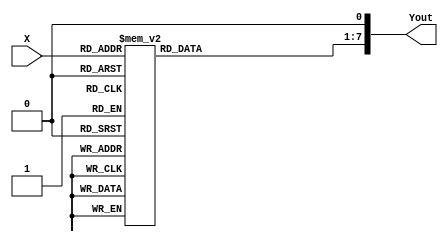
// Copyright (c) 2012-2013 Ludvig Strigeus
// This program is GPL Licensed. See COPYING for the full license.

module LenCtr_Lookup(input [4:0] X, output [7:0] Yout);
reg [6:0] Y;
always @*
begin
  case(X)
  0: Y = 7'h05;
  1: Y = 7'h7F;
  2: Y = 7'h0A;
  3: Y = 7'h01;
  4: Y = 7'h14;
  5: Y = 7'h02;
  6: Y = 7'h28;
  7: Y = 7'h03;
  8: Y = 7'h50;
  9: Y = 7'h04;
  10: Y = 7'h1E;
  11: Y = 7'h05;
  12: Y = 7'h07;
  13: Y = 7'h06;
  14: Y = 7'h0D;
  15: Y = 7'h07;
  16: Y = 7'h06;
  17: Y = 7'h08;
  18: Y = 7'h0C;
  19: Y = 7'h09;
  20: Y = 7'h18;
  21: Y = 7'h0A;
  22: Y = 7'h30;
  23: Y = 7'h0B;
  24: Y = 7'h60;
  25: Y = 7'h0C;
  26: Y = 7'h24;
  27: Y = 7'h0D;
  28: Y = 7'h08;
  29: Y = 7'h0E;
  30: Y = 7'h10;
  31: Y = 7'h0F;
  endcase
end
assign Yout = {Y, 1'b0};
endmodule

module SquareChan(input clk, input ce, input reset, input sq2,
                  input [1:0] Addr,
                  input [7:0] DIN,
                  input MW,
                  input LenCtr_Clock,
                  input Env_Clock,
                  input Enabled,
                  input [7:0] LenCtr_In,
                  output reg [3:0] Sample,
                  output IsNonZero);
reg [7:0] LenCtr;

// Register 1
reg [1:0] Duty;
reg EnvLoop, EnvDisable, EnvDoReset;
reg [3:0] Volume, Envelope, EnvDivider;
wire LenCtrHalt = EnvLoop; // Aliased bit
assign IsNonZero = (LenCtr != 0);
// Register 2
reg SweepEnable, SweepNegate, SweepReset;
reg [2:0] SweepPeriod, SweepDivider, SweepShift;

reg [10:0] Period;
reg [11:0] TimerCtr;
reg [2:0] SeqPos;
wire [10:0] ShiftedPeriod = (Period >> SweepShift);
wire [10:0] PeriodRhs = (SweepNegate ? (~ShiftedPeriod + {10'b0, sq2}) : ShiftedPeriod);
wire [11:0] NewSweepPeriod = Period + PeriodRhs;
wire ValidFreq = Period[10:3] >= 8 && (SweepNegate || !NewSweepPeriod[11]);

always @(posedge clk) if (reset) begin
    LenCtr <= 0;
    Duty <= 0;
    EnvDoReset <= 0;
    EnvLoop <= 0;
    EnvDisable <= 0;
    Volume <= 0;
    Envelope <= 0;
    EnvDivider <= 0;
    SweepEnable <= 0;
    SweepNegate <= 0;
    SweepReset <= 0;
    SweepPeriod <= 0;
    SweepDivider <= 0;
    SweepShift <= 0;
    Period <= 0;
    TimerCtr <= 0;
    SeqPos <= 0;
  end else if (ce) begin
  // Check if writing to the regs of this channel
  // NOTE: This needs to be done before the clocking below.
  if (MW) begin
    case(Addr)
    0: begin
//      if (sq2) $write("SQ0: Duty=%d, EnvLoop=%d, EnvDisable=%d, Volume=%d\n", DIN[7:6], DIN[5], DIN[4], DIN[3:0]);
      Duty <= DIN[7:6];
      EnvLoop <= DIN[5];
      EnvDisable <= DIN[4];
      Volume <= DIN[3:0];
    end
    1: begin
//      if (sq2) $write("SQ1: SweepEnable=%d, SweepPeriod=%d, SweepNegate=%d, SweepShift=%d, DIN=%X\n", DIN[7], DIN[6:4], DIN[3], DIN[2:0], DIN);
      SweepEnable <= DIN[7];
      SweepPeriod <= DIN[6:4];
      SweepNegate <= DIN[3];
      SweepShift <= DIN[2:0];
      SweepReset <= 1;
    end
    2: begin
//      if (sq2) $write("SQ2: Period=%d. DIN=%X\n", DIN, DIN);
      Period[7:0] <= DIN;
    end
    3: begin
      // Upper bits of the period
//      if (sq2) $write("SQ3: PeriodUpper=%d LenCtr=%x DIN=%X\n", DIN[2:0], LenCtr_In, DIN);
      Period[10:8] <= DIN[2:0];
      LenCtr <= LenCtr_In;
      EnvDoReset <= 1;
      SeqPos <= 0;
    end
    endcase
  end


  // Count down the square timer...
  if (TimerCtr == 0) begin
    // Timer was clocked
    TimerCtr <= {Period, 1'b0};
    SeqPos <= SeqPos - 1;
  end else begin
    TimerCtr <= TimerCtr - 1;
  end

  // Clock the length counter?
  if (LenCtr_Clock && LenCtr != 0 && !LenCtrHalt) begin
    LenCtr <= LenCtr - 1;
  end

  // Clock the sweep unit?
  if (LenCtr_Clock) begin
    if (SweepDivider == 0) begin
      SweepDivider <= SweepPeriod;
      if (SweepEnable && SweepShift != 0 && ValidFreq)
        Period <= NewSweepPeriod[10:0];
    end else begin
      SweepDivider <= SweepDivider - 1;
    end
    if (SweepReset)
      SweepDivider <= SweepPeriod;
    SweepReset <= 0;
  end

  // Clock the envelope generator?
  if (Env_Clock) begin
    if (EnvDoReset) begin
      EnvDivider <= Volume;
      Envelope <= 15;
      EnvDoReset <= 0;
    end else if (EnvDivider == 0) begin
      EnvDivider <= Volume;
      if (Envelope != 0 || EnvLoop)
        Envelope <= Envelope - 1;
    end else begin
      EnvDivider <= EnvDivider - 1;
    end
  end

  // Length counter forced to zero if disabled.
  if (!Enabled)
    LenCtr <= 0;
end

reg DutyEnabled;
always @* begin
  // Determine if the duty is enabled or not
  case (Duty)
  0: DutyEnabled = (SeqPos == 7);
  1: DutyEnabled = (SeqPos >= 6);
  2: DutyEnabled = (SeqPos >= 4);
  3: DutyEnabled = (SeqPos < 6);
  endcase

  // Compute the output
  if (LenCtr == 0 || !ValidFreq || !DutyEnabled)
    Sample = 0;
  else
    Sample = EnvDisable ? Volume : Envelope;
end
endmodule



module TriangleChan(input clk, input ce, input reset,
                    input [1:0] Addr,
                    input [7:0] DIN,
                    input MW,
                    input LenCtr_Clock,
                    input LinCtr_Clock,
                    input Enabled,
                    input [7:0] LenCtr_In,
                    output [3:0] Sample,
                    output IsNonZero);
  //
  reg [10:0] Period, TimerCtr;
  reg [4:0] SeqPos;
  //
  // Linear counter state
  reg [6:0] LinCtrPeriod, LinCtr;
  reg LinCtrl, LinHalt;
  wire LinCtrZero = (LinCtr == 0);
  //
  // Length counter state
  reg [7:0] LenCtr;
  wire LenCtrHalt = LinCtrl; // Aliased bit
  wire LenCtrZero = (LenCtr == 0);
  assign IsNonZero = !LenCtrZero;
  //
  always @(posedge clk) if (reset) begin
    Period <= 0;
    TimerCtr <= 0;
    SeqPos <= 0;
    LinCtrPeriod <= 0;
    LinCtr <= 0;
    LinCtrl <= 0;
    LinHalt <= 0;
    LenCtr <= 0;
  end else if (ce) begin
    // Check if writing to the regs of this channel
    if (MW) begin
      case (Addr)
      0: begin
        LinCtrl <= DIN[7];
        LinCtrPeriod <= DIN[6:0];
      end
      2: begin
        Period[7:0] <= DIN;
      end
      3: begin
        Period[10:8] <= DIN[2:0];
        LenCtr <= LenCtr_In;
        LinHalt <= 1;
      end
      endcase
    end

    // Count down the period timer...
    if (TimerCtr == 0) begin
      TimerCtr <= Period;
    end else begin
      TimerCtr <= TimerCtr - 1;
    end
    //
    // Clock the length counter?
    if (LenCtr_Clock && !LenCtrZero && !LenCtrHalt) begin
      LenCtr <= LenCtr - 1;
    end
    //
    // Clock the linear counter?
    if (LinCtr_Clock) begin
      if (LinHalt)
        LinCtr <= LinCtrPeriod;
      else if (!LinCtrZero)
        LinCtr <= LinCtr - 1;
      if (!LinCtrl)
        LinHalt <= 0;
    end
    //
    // Length counter forced to zero if disabled.
    if (!Enabled)
      LenCtr <= 0;
      //
    // Clock the sequencer position
    if (TimerCtr == 0 && !LenCtrZero && !LinCtrZero)
      SeqPos <= SeqPos + 1;
  end
  // Generate the output
  assign Sample = SeqPos[3:0] ^ {4{~SeqPos[4]}};
  //
endmodule


module NoiseChan(input clk, input ce, input reset,
                 input [1:0] Addr,
                 input [7:0] DIN,
                 input MW,
                 input LenCtr_Clock,
                 input Env_Clock,
                 input Enabled,
                 input [7:0] LenCtr_In,
                 output [3:0] Sample,
                 output IsNonZero);
  //
  // Envelope volume
  reg EnvLoop, EnvDisable, EnvDoReset;
  reg [3:0] Volume, Envelope, EnvDivider;
  // Length counter
  wire LenCtrHalt = EnvLoop; // Aliased bit
  reg [7:0] LenCtr;
  //
  reg ShortMode;
  reg [14:0] Shift = 1;

  assign IsNonZero = (LenCtr != 0);
  //
  // Period stuff
  reg [3:0] Period;
  reg [11:0] NoisePeriod, TimerCtr;
  always @* begin
    case (Period)
    0: NoisePeriod = 12'h004;
    1: NoisePeriod = 12'h008;
    2: NoisePeriod = 12'h010;
    3: NoisePeriod = 12'h020;
    4: NoisePeriod = 12'h040;
    5: NoisePeriod = 12'h060;
    6: NoisePeriod = 12'h080;
    7: NoisePeriod = 12'h0A0;
    8: NoisePeriod = 12'h0CA;
    9: NoisePeriod = 12'h0FE;
    10: NoisePeriod = 12'h17C;
    11: NoisePeriod = 12'h1FC;
    12: NoisePeriod = 12'h2FA;
    13: NoisePeriod = 12'h3F8;
    14: NoisePeriod = 12'h7F2;
    15: NoisePeriod = 12'hFE4;
    endcase
  end
  //
  always @(posedge clk) if (reset) begin
    EnvLoop <= 0;
    EnvDisable <= 0;
    EnvDoReset <= 0;
    Volume <= 0;
    Envelope <= 0;
    EnvDivider <= 0;
    LenCtr <= 0;
    ShortMode <= 0;
    Shift <= 1;
    Period <= 0;
    TimerCtr <= 0;
  end else if (ce) begin
    // Check if writing to the regs of this channel
    if (MW) begin
      case (Addr)
      0: begin
        EnvLoop <= DIN[5];
        EnvDisable <= DIN[4];
        Volume <= DIN[3:0];
      end
      2: begin
        ShortMode <= DIN[7];
        Period <= DIN[3:0];
      end
      3: begin
        LenCtr <= LenCtr_In;
        EnvDoReset <= 1;
      end
      endcase
    end
    // Count down the period timer...
    if (TimerCtr == 0) begin
      TimerCtr <= NoisePeriod;
      // Clock the shift register. Use either
      // bit 1 or 6 as the tap.
      Shift <= {
        Shift[0] ^ (ShortMode ? Shift[6] : Shift[1]),
        Shift[14:1]};
    end else begin
      TimerCtr <= TimerCtr - 1;
    end
    // Clock the length counter?
    if (LenCtr_Clock && LenCtr != 0 && !LenCtrHalt) begin
      LenCtr <= LenCtr - 1;
    end
    // Clock the envelope generator?
    if (Env_Clock) begin
      if (EnvDoReset) begin
        EnvDivider <= Volume;
        Envelope <= 15;
        EnvDoReset <= 0;
      end else if (EnvDivider == 0) begin
        EnvDivider <= Volume;
        if (Envelope != 0)
          Envelope <= Envelope - 1;
        else if (EnvLoop)
          Envelope <= 15;
      end else
        EnvDivider <= EnvDivider - 1;
    end
    if (!Enabled)
      LenCtr <= 0;
  end
  // Produce the output signal
  assign Sample =
    (LenCtr == 0 || Shift[0]) ?
      0 :
      (EnvDisable ? Volume : Envelope);
endmodule

module DmcChan(input clk, input ce, input reset,
               input odd_or_even,
               input [2:0] Addr,
               input [7:0] DIN,
               input MW,
               output [6:0] Sample,
               output DmaReq,          // 1 when DMC wants DMA
               input DmaAck,           // 1 when DMC byte is on DmcData. DmcDmaRequested should go low.
               output [15:0] DmaAddr,  // Address DMC wants to read
               input [7:0] DmaData,    // Input data to DMC from memory.
               output Irq,
               output IsDmcActive);
  reg IrqEnable;
  reg IrqActive;
  reg Loop;                 // Looping enabled
  reg [3:0] Freq;           // Current value of frequency register
  reg [6:0] Dac = 0;        // Current value of DAC
  reg [7:0] SampleAddress;  // Base address of sample
  reg [7:0] SampleLen;      // Length of sample
  reg [7:0] ShiftReg;       // Shift register
  reg [8:0] Cycles;         // Down counter, is the period
  reg [14:0] Address;        // 15 bits current address, 0x8000-0xffff
  reg [11:0] BytesLeft;      // 12 bits bytes left counter 0 - 4081.
  reg [2:0] BitsUsed;        // Number of bits left in the SampleBuffer.
  reg [7:0] SampleBuffer;    // Next value to be loaded into shift reg
  reg HasSampleBuffer;       // Sample buffer is nonempty
  reg HasShiftReg;           // Shift reg is non empty
  reg [8:0] NewPeriod[0:15];
  reg DmcEnabled;
  reg [1:0] ActivationDelay;
  assign DmaAddr = {1'b1, Address};
  assign Sample = Dac;
  assign Irq = IrqActive;
  assign IsDmcActive = DmcEnabled;

  assign DmaReq = !HasSampleBuffer && DmcEnabled && !ActivationDelay[0];

  initial begin
    NewPeriod[0] = 428;
    NewPeriod[1] = 380;
    NewPeriod[2] = 340;
    NewPeriod[3] = 320;
    NewPeriod[4] = 286;
    NewPeriod[5] = 254;
    NewPeriod[6] = 226;
    NewPeriod[7] = 214;
    NewPeriod[8] = 190;
    NewPeriod[9] = 160;
    NewPeriod[10] = 142;
    NewPeriod[11] = 128;
    NewPeriod[12] = 106;
    NewPeriod[13] = 84;
    NewPeriod[14] = 72;
    NewPeriod[15] = 54;
  end
  // Shift register initially loaded with 07
  always @(posedge clk) begin
    if (reset) begin
      IrqEnable <= 0;
      IrqActive <= 0;
      Loop <= 0;
      Freq <= 0;
      Dac <= 0;
      SampleAddress <= 0;
      SampleLen <= 0;
      ShiftReg <= 8'hff;
      Cycles <= 439;
      Address <= 0;
      BytesLeft <= 0;
      BitsUsed <= 0;
      SampleBuffer <= 0;
      HasSampleBuffer <= 0;
      HasShiftReg <= 0;
      DmcEnabled <= 0;
      ActivationDelay <= 0;
    end else if (ce) begin
      if (ActivationDelay == 3 && !odd_or_even) ActivationDelay <= 1;
      if (ActivationDelay == 1) ActivationDelay <= 0;

      if (MW) begin
        case (Addr)
        0: begin  // $4010   il-- ffff   IRQ enable, loop, frequency index
            IrqEnable <= DIN[7];
            Loop <= DIN[6];
            Freq <= DIN[3:0];
            if (!DIN[7]) IrqActive <= 0;
          end
        1: begin  // $4011   -ddd dddd   DAC
            // This will get missed if the Dac <= far below runs, that is by design.
            Dac <= DIN[6:0];
          end
        2: begin  // $4012   aaaa aaaa   sample address
            SampleAddress <= DIN[7:0];
          end
        3: begin  // $4013   llll llll   sample length
            SampleLen <= DIN[7:0];
          end
        5: begin // $4015 write	---D NT21  Enable DMC (D)
            IrqActive <= 0;
            DmcEnabled <= DIN[4];
            // If the DMC bit is set, the DMC sample will be restarted only if not already active.
            if (DIN[4] && !DmcEnabled) begin
              Address <= {1'b1, SampleAddress, 6'b000000};
              BytesLeft <= {SampleLen, 4'b0000};
              ActivationDelay <= 3;
            end
          end
        endcase
      end

      Cycles <= Cycles - 1;
      if (Cycles == 1) begin
        Cycles <= NewPeriod[Freq];
        if (HasShiftReg) begin
          if (ShiftReg[0]) begin
            Dac[6:1] <= (Dac[6:1] != 6'b111111) ? Dac[6:1] + 6'b000001 : Dac[6:1];
          end else begin
            Dac[6:1] <= (Dac[6:1] != 6'b000000) ? Dac[6:1] + 6'b111111 : Dac[6:1];
          end
        end
        ShiftReg <= {1'b0, ShiftReg[7:1]};
        BitsUsed <= BitsUsed + 1;
        if (BitsUsed == 7) begin
          HasShiftReg <= HasSampleBuffer;
          ShiftReg <= SampleBuffer;
          HasSampleBuffer <= 0;
        end
      end

      // Acknowledge DMA?
      if (DmaAck) begin
        Address <= Address + 1;
        BytesLeft <= BytesLeft - 1;
        HasSampleBuffer <= 1;
        SampleBuffer <= DmaData;
        if (BytesLeft == 0) begin
          Address <= {1'b1, SampleAddress, 6'b000000};
          BytesLeft <= {SampleLen, 4'b0000};
          DmcEnabled <= Loop;
          if (!Loop && IrqEnable)
            IrqActive <= 1;
        end
      end
    end
  end
endmodule

module ApuLookupTable(input clk, input [7:0] in_a, input [7:0] in_b, output [15:0] out);
  reg [15:0] lookup[0:511];
  reg [15:0] tmp_a, tmp_b;
  initial begin
    lookup[  0] =     0; lookup[  1] =   760; lookup[  2] =  1503; lookup[  3] =  2228;
    lookup[  4] =  2936; lookup[  5] =  3627; lookup[  6] =  4303; lookup[  7] =  4963;
    lookup[  8] =  5609; lookup[  9] =  6240; lookup[ 10] =  6858; lookup[ 11] =  7462;
    lookup[ 12] =  8053; lookup[ 13] =  8631; lookup[ 14] =  9198; lookup[ 15] =  9752;
    lookup[ 16] = 10296; lookup[ 17] = 10828; lookup[ 18] = 11349; lookup[ 19] = 11860;
    lookup[ 20] = 12361; lookup[ 21] = 12852; lookup[ 22] = 13334; lookup[ 23] = 13807;
    lookup[ 24] = 14270; lookup[ 25] = 14725; lookup[ 26] = 15171; lookup[ 27] = 15609;
    lookup[ 28] = 16039; lookup[ 29] = 16461; lookup[ 30] = 16876; lookup[256] =     0;
    lookup[257] =   439; lookup[258] =   874; lookup[259] =  1306; lookup[260] =  1735;
    lookup[261] =  2160; lookup[262] =  2581; lookup[263] =  2999; lookup[264] =  3414;
    lookup[265] =  3826; lookup[266] =  4234; lookup[267] =  4639; lookup[268] =  5041;
    lookup[269] =  5440; lookup[270] =  5836; lookup[271] =  6229; lookup[272] =  6618;
    lookup[273] =  7005; lookup[274] =  7389; lookup[275] =  7769; lookup[276] =  8147;
    lookup[277] =  8522; lookup[278] =  8895; lookup[279] =  9264; lookup[280] =  9631;
    lookup[281] =  9995; lookup[282] = 10356; lookup[283] = 10714; lookup[284] = 11070;
    lookup[285] = 11423; lookup[286] = 11774; lookup[287] = 12122; lookup[288] = 12468;
    lookup[289] = 12811; lookup[290] = 13152; lookup[291] = 13490; lookup[292] = 13825;
    lookup[293] = 14159; lookup[294] = 14490; lookup[295] = 14818; lookup[296] = 15145;
    lookup[297] = 15469; lookup[298] = 15791; lookup[299] = 16110; lookup[300] = 16427;
    lookup[301] = 16742; lookup[302] = 17055; lookup[303] = 17366; lookup[304] = 17675;
    lookup[305] = 17981; lookup[306] = 18286; lookup[307] = 18588; lookup[308] = 18888;
    lookup[309] = 19187; lookup[310] = 19483; lookup[311] = 19777; lookup[312] = 20069;
    lookup[313] = 20360; lookup[314] = 20648; lookup[315] = 20935; lookup[316] = 21219;
    lookup[317] = 21502; lookup[318] = 21783; lookup[319] = 22062; lookup[320] = 22339;
    lookup[321] = 22615; lookup[322] = 22889; lookup[323] = 23160; lookup[324] = 23431;
    lookup[325] = 23699; lookup[326] = 23966; lookup[327] = 24231; lookup[328] = 24494;
    lookup[329] = 24756; lookup[330] = 25016; lookup[331] = 25274; lookup[332] = 25531;
    lookup[333] = 25786; lookup[334] = 26040; lookup[335] = 26292; lookup[336] = 26542;
    lookup[337] = 26791; lookup[338] = 27039; lookup[339] = 27284; lookup[340] = 27529;
    lookup[341] = 27772; lookup[342] = 28013; lookup[343] = 28253; lookup[344] = 28492;
    lookup[345] = 28729; lookup[346] = 28964; lookup[347] = 29198; lookup[348] = 29431;
    lookup[349] = 29663; lookup[350] = 29893; lookup[351] = 30121; lookup[352] = 30349;
    lookup[353] = 30575; lookup[354] = 30800; lookup[355] = 31023; lookup[356] = 31245;
    lookup[357] = 31466; lookup[358] = 31685; lookup[359] = 31904; lookup[360] = 32121;
    lookup[361] = 32336; lookup[362] = 32551; lookup[363] = 32764; lookup[364] = 32976;
    lookup[365] = 33187; lookup[366] = 33397; lookup[367] = 33605; lookup[368] = 33813;
    lookup[369] = 34019; lookup[370] = 34224; lookup[371] = 34428; lookup[372] = 34630;
    lookup[373] = 34832; lookup[374] = 35032; lookup[375] = 35232; lookup[376] = 35430;
    lookup[377] = 35627; lookup[378] = 35823; lookup[379] = 36018; lookup[380] = 36212;
    lookup[381] = 36405; lookup[382] = 36597; lookup[383] = 36788; lookup[384] = 36978;
    lookup[385] = 37166; lookup[386] = 37354; lookup[387] = 37541; lookup[388] = 37727;
    lookup[389] = 37912; lookup[390] = 38095; lookup[391] = 38278; lookup[392] = 38460;
    lookup[393] = 38641; lookup[394] = 38821; lookup[395] = 39000; lookup[396] = 39178;
    lookup[397] = 39355; lookup[398] = 39532; lookup[399] = 39707; lookup[400] = 39881;
    lookup[401] = 40055; lookup[402] = 40228; lookup[403] = 40399; lookup[404] = 40570;
    lookup[405] = 40740; lookup[406] = 40909; lookup[407] = 41078; lookup[408] = 41245;
    lookup[409] = 41412; lookup[410] = 41577; lookup[411] = 41742; lookup[412] = 41906;
    lookup[413] = 42070; lookup[414] = 42232; lookup[415] = 42394; lookup[416] = 42555;
    lookup[417] = 42715; lookup[418] = 42874; lookup[419] = 43032; lookup[420] = 43190;
    lookup[421] = 43347; lookup[422] = 43503; lookup[423] = 43659; lookup[424] = 43813;
    lookup[425] = 43967; lookup[426] = 44120; lookup[427] = 44273; lookup[428] = 44424;
    lookup[429] = 44575; lookup[430] = 44726; lookup[431] = 44875; lookup[432] = 45024;
    lookup[433] = 45172; lookup[434] = 45319; lookup[435] = 45466; lookup[436] = 45612;
    lookup[437] = 45757; lookup[438] = 45902; lookup[439] = 46046; lookup[440] = 46189;
    lookup[441] = 46332; lookup[442] = 46474; lookup[443] = 46615; lookup[444] = 46756;
    lookup[445] = 46895; lookup[446] = 47035; lookup[447] = 47173; lookup[448] = 47312;
    lookup[449] = 47449; lookup[450] = 47586; lookup[451] = 47722; lookup[452] = 47857;
    lookup[453] = 47992; lookup[454] = 48127; lookup[455] = 48260; lookup[456] = 48393;
    lookup[457] = 48526; lookup[458] = 48658;
  end
  always @(posedge clk) begin
    tmp_a <= lookup[{1'b0, in_a}];
    tmp_b <= lookup[{1'b1, in_b}];
  end
  assign out = tmp_a + tmp_b;
endmodule


module APU(input clk, input ce, input reset,
           input [4:0] ADDR,  // APU Address Line
           input [7:0] DIN,   // Data to APU
           output [7:0] DOUT, // Data from APU
           input MW,          // Writes to APU
           input MR,          // Reads from APU
           input [4:0] audio_channels, // Enabled audio channels
           output [15:0] Sample,

           output DmaReq,      // 1 when DMC wants DMA
           input DmaAck,           // 1 when DMC byte is on DmcData. DmcDmaRequested should go low.
           output [15:0] DmaAddr,  // Address DMC wants to read
           input [7:0] DmaData,    // Input data to DMC from memory.

           output odd_or_even,
           output IRQ);       // IRQ asserted

// Which channels are enabled?
reg [3:0] Enabled;

// Output samples from the 4 channels
wire [3:0] Sq1Sample,Sq2Sample,TriSample,NoiSample;

// Output samples from the DMC channel
wire [6:0] DmcSample;
wire DmcIrq;
wire IsDmcActive;

// Generate internal memory write signals
wire ApuMW0 = MW && ADDR[4:2]==0; // SQ1
wire ApuMW1 = MW && ADDR[4:2]==1; // SQ2
wire ApuMW2 = MW && ADDR[4:2]==2; // TRI
wire ApuMW3 = MW && ADDR[4:2]==3; // NOI
wire ApuMW4 = MW && ADDR[4:2]>=4; // DMC
wire ApuMW5 = MW && ADDR[4:2]==5; // Control registers

wire Sq1NonZero, Sq2NonZero, TriNonZero, NoiNonZero;

// Common input to all channels
wire [7:0] LenCtr_In;
LenCtr_Lookup len(DIN[7:3], LenCtr_In);


// Frame sequencer registers
reg FrameSeqMode;
reg [15:0] Cycles;
reg ClkE, ClkL;
reg Wrote4017;
reg [1:0] IrqCtr;
reg InternalClock; // APU Differentiates between Even or Odd clocks
assign odd_or_even = InternalClock;


// Generate each channel
SquareChan   Sq1(clk, ce, reset, 1'b0, ADDR[1:0], DIN, ApuMW0, ClkL, ClkE, Enabled[0], LenCtr_In, Sq1Sample, Sq1NonZero);
SquareChan   Sq2(clk, ce, reset, 1'b1, ADDR[1:0], DIN, ApuMW1, ClkL, ClkE, Enabled[1], LenCtr_In, Sq2Sample, Sq2NonZero);
TriangleChan Tri(clk, ce, reset, ADDR[1:0], DIN, ApuMW2, ClkL, ClkE, Enabled[2], LenCtr_In, TriSample, TriNonZero);
NoiseChan    Noi(clk, ce, reset, ADDR[1:0], DIN, ApuMW3, ClkL, ClkE, Enabled[3], LenCtr_In, NoiSample, NoiNonZero);
DmcChan      Dmc(clk, ce, reset, odd_or_even, ADDR[2:0], DIN, ApuMW4, DmcSample, DmaReq, DmaAck, DmaAddr, DmaData, DmcIrq, IsDmcActive);

// Reading this register clears the frame interrupt flag (but not the DMC interrupt flag).
// If an interrupt flag was set at the same moment of the read, it will read back as 1 but it will not be cleared.
reg FrameInterrupt, DisableFrameInterrupt;


//mode 0: 4-step  effective rate (approx)
//---------------------------------------
//    - - - f      60 Hz
//    - l - l     120 Hz
//    e e e e     240 Hz


//mode 1: 5-step  effective rate (approx)
//---------------------------------------
//    - - - - -   (interrupt flag never set)
//    l - l - -    96 Hz
//    e e e e -   192 Hz


always @(posedge clk) if (reset) begin
  FrameSeqMode <= 0;
  DisableFrameInterrupt <= 0;
  FrameInterrupt <= 0;
  Enabled <= 0;
  InternalClock <= 0;
  Wrote4017 <= 0;
  ClkE <= 0;
  ClkL <= 0;
  Cycles <= 4; // This needs to be 5 for proper power up behavior
  IrqCtr <= 0;
end else if (ce) begin
  FrameInterrupt <= IrqCtr[1] ? 1 : (ADDR == 5'h15 && MR || ApuMW5 && ADDR[1:0] == 3 && DIN[6]) ? 0 : FrameInterrupt;
  InternalClock <= !InternalClock;
  IrqCtr <= {IrqCtr[0], 1'b0};
  Cycles <= Cycles + 1;
  ClkE <= 0;
  ClkL <= 0;
  if (Cycles == 7457) begin
    ClkE <= 1;
  end else if (Cycles == 14913) begin
    ClkE <= 1;
    ClkL <= 1;
    ClkE <= 1;
    ClkL <= 1;
  end else if (Cycles == 22371) begin
    ClkE <= 1;
  end else if (Cycles == 29829) begin
    if (!FrameSeqMode) begin
      ClkE <= 1;
      ClkL <= 1;
      Cycles <= 0;
      IrqCtr <= 3;
      FrameInterrupt <= 1;
    end
  end else if (Cycles == 37281) begin
    ClkE <= 1;
    ClkL <= 1;
    Cycles <= 0;
  end

  // Handle one cycle delayed write to 4017.
  Wrote4017 <= 0;
  if (Wrote4017) begin
    if (FrameSeqMode) begin
      ClkE <= 1;
      ClkL <= 1;
    end
    Cycles <= 0;
  end

//  if (ClkE||ClkL) $write("%d: Clocking %s%s\n", Cycles, ClkE?"E":" ", ClkL?"L":" ");

  // Handle writes to control registers
  if (ApuMW5) begin
    case (ADDR[1:0])
    1: begin // Register $4015
      Enabled <= DIN[3:0];
//      $write("$4015 = %X\n", DIN);
    end
    3: begin // Register $4017
      FrameSeqMode <= DIN[7]; // 1 = 5 frames cycle, 0 = 4 frames cycle
      DisableFrameInterrupt <= DIN[6];

      // If the internal clock is even, things happen
      // right away.
      if (!InternalClock) begin
        if (DIN[7]) begin
          ClkE <= 1;
          ClkL <= 1;
        end
        Cycles <= 0;
      end

      // Otherwise they get delayed one clock
      Wrote4017 <= InternalClock;
    end
    endcase
  end


end

ApuLookupTable lookup(clk,
                      (audio_channels[0] ? {4'b0, Sq1Sample} : 8'b0) +
                      (audio_channels[1] ? {4'b0, Sq2Sample} : 8'b0),
                      (audio_channels[2] ? {4'b0, TriSample} + {3'b0, TriSample, 1'b0} : 8'b0) +
                      (audio_channels[3] ? {3'b0, NoiSample, 1'b0} : 8'b0) +
                      (audio_channels[4] ? {1'b0, DmcSample} : 8'b0),
                      Sample);

wire frame_irq = FrameInterrupt && !DisableFrameInterrupt;

// Generate bus output
assign DOUT = {DmcIrq, frame_irq, 1'b0,
               IsDmcActive,
               NoiNonZero,
               TriNonZero,
               Sq2NonZero,
               Sq1NonZero};

assign IRQ = frame_irq || DmcIrq;

endmodule